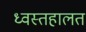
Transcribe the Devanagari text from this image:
ध्वस्तहालत